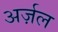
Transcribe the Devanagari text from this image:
अर्ज़ल